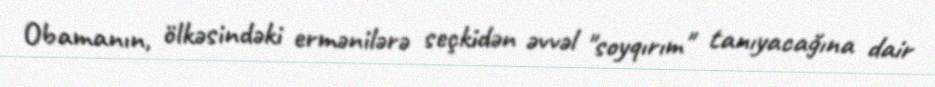
Obamanın, ölkəsindəki ermənilərə seçkidən əvvəl "soyqırım" tanıyacağına dair